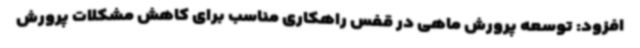
افزود: توسعه پرورش ماهی در قفس راهکاری مناسب برای کاهش مشکلات پرورش